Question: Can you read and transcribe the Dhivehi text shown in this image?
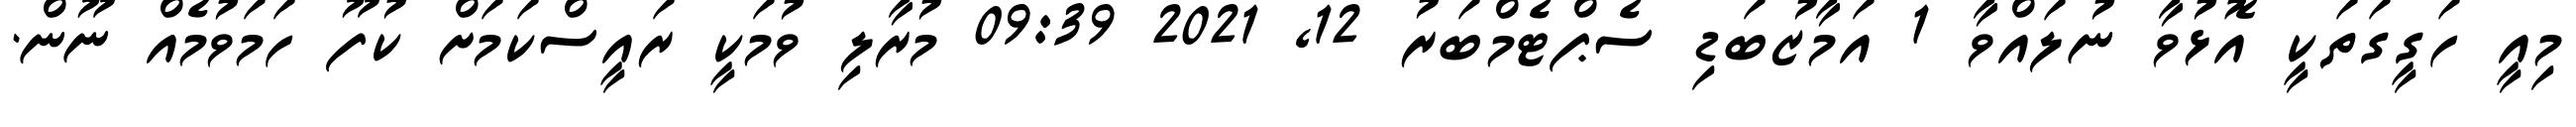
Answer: މިއީ ހަގީގަތަކީ އޮޅުވާ ނުލައްވާ 1 އަމާޒުބަޑި ސެޕްޓެމްބަރު 12, 2021 09:39 މުރާލި ވުމަކީ ރައީސްކަމަށް ކުފޫ ހަމަވުމެއް ނޫން.